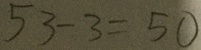
5 3 - 3 = 5 0